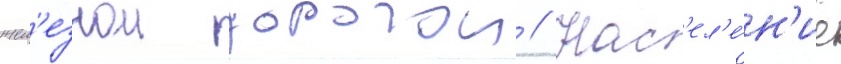
жел'езнои дорогои // Нас'ел'е́н'ие